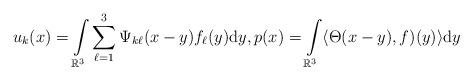
LaTeX: \begin{align*} u_k (x) = \int\limits_{\mathbb{R}^3} \sum\limits^3_{\ell=1} \Psi_{k\ell} (x -{y}) f_\ell ({y}) \mbox{d}{y}, p(x) = \int\limits_{\mathbb{R}^3} \langle \Theta (x -{y}),{ f} ) ({y})\rangle \mbox{d}{y} \end{align*}